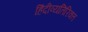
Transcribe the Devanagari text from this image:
हिंदीव्यतिरिक्त